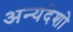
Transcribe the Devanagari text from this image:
अन्यदेशो